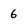
Character: 6